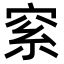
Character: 𥥮